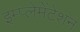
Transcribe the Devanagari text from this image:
इम्प्लेमेंटेशन